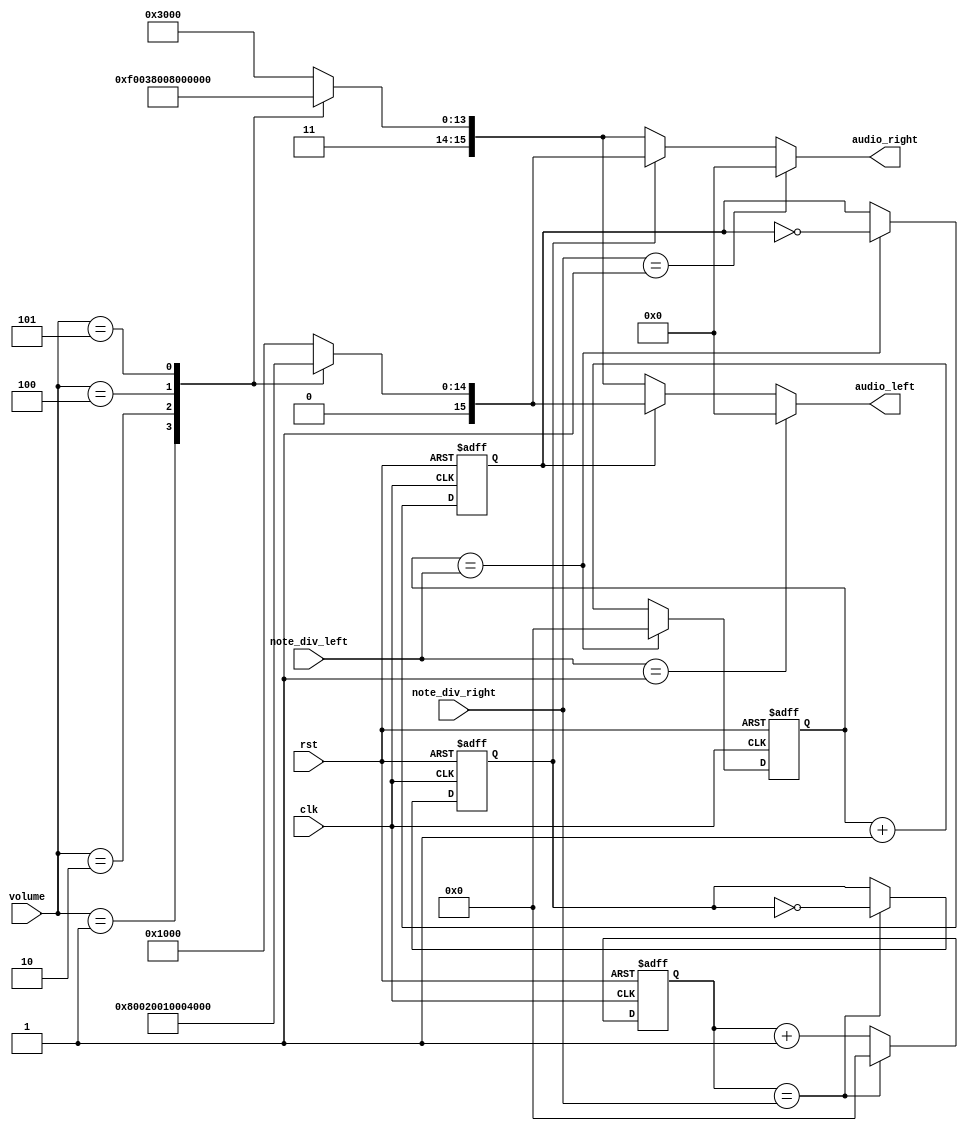
module note_gen(
    clk, // clock from crystal
    rst, // active high reset
    volume, 
    note_div_left, // div for note generation
    note_div_right,
    audio_left,
    audio_right
);

    // I/O declaration
    input clk; // clock from crystal
    input rst; // active low reset
    input [2:0] volume;
    input [21:0] note_div_left, note_div_right; // div for note generation
    output reg [15:0] audio_left, audio_right;

    // Declare internal signals
    reg [21:0] clk_cnt_next, clk_cnt;
    reg [21:0] clk_cnt_next_2, clk_cnt_2;
    reg b_clk, b_clk_next;
    reg c_clk, c_clk_next;

    // Note frequency generation
    // clk_cnt, clk_cnt_2, b_clk, c_clk
    always @(posedge clk or posedge rst)
        if (rst == 1'b1)
            begin
                clk_cnt <= 22'd0;
                clk_cnt_2 <= 22'd0;
                b_clk <= 1'b0;
                c_clk <= 1'b0;
            end
        else
            begin
                clk_cnt <= clk_cnt_next;
                clk_cnt_2 <= clk_cnt_next_2;
                b_clk <= b_clk_next;
                c_clk <= c_clk_next;
            end
    
    // clk_cnt_next, b_clk_next
    always @*
        if (clk_cnt == note_div_left)
            begin
                clk_cnt_next = 22'd0;
                b_clk_next = ~b_clk;
            end
        else
            begin
                clk_cnt_next = clk_cnt + 1'b1;
                b_clk_next = b_clk;
            end

    // clk_cnt_next_2, c_clk_next
    always @*
        if (clk_cnt_2 == note_div_right)
            begin
                clk_cnt_next_2 = 22'd0;
                c_clk_next = ~c_clk;
            end
        else
            begin
                clk_cnt_next_2 = clk_cnt_2 + 1'b1;
                c_clk_next = c_clk;
            end

    // Assign the amplitude of the note
    // Volume is controlled here
    always @(*) begin
        if(note_div_left == 22'd1)begin
            audio_left=16'h0000;
        end
        else if(b_clk == 1'b0)begin
            case(volume)
                1:begin
                    audio_left =(16'hFC00);
                end
                2:begin
                    audio_left =(16'hF800);
                end
                3:begin
                    audio_left =(16'hF000);
                end
                4:begin
                    audio_left =(16'hE000);
                end
                5:begin
                    audio_left =(16'hC000);
                end
                default:begin
                    audio_left =(16'hF000);
                end
            endcase
        end
        else begin
            case(volume)
                1:begin
                    audio_left =(16'h400);
                end
                2:begin
                    audio_left =(16'h800);
                end
                3:begin
                    audio_left =(16'h1000);
                end
                4:begin
                    audio_left =(16'h2000);
                end
                5:begin
                    audio_left =(16'h4000);
                end
                default:begin
                    audio_left =(16'h1000);
                end
            endcase
        end
    end
    always @(*) begin
        if(note_div_right == 22'd1)begin
            audio_right=16'h0000;
        end
        else if(c_clk == 1'b0)begin
            case(volume)
                1:begin
                    audio_right =(16'hFC00);
                end
                2:begin
                    audio_right =(16'hF800);
                end
                3:begin
                    audio_right =(16'hF000);
                end
                4:begin
                    audio_right =(16'hE000);
                end
                5:begin
                    audio_right =(16'hC000);
                end
                default:begin
                    audio_right =(16'hF000);
                end
            endcase
        end
        else begin
            case(volume)
                1:begin
                    audio_right =(16'h400);
                end
                2:begin
                    audio_right =(16'h800);
                end
                3:begin
                    audio_right =(16'h1000);
                end
                4:begin
                    audio_right =(16'h2000);
                end
                5:begin
                    audio_right =(16'h4000);
                end
                default:begin
                    audio_right =(16'h1000);
                end
            endcase
        end
    end

    // assign audio_left = (note_div_left == 22'd1) ? 16'h0000 : 
    //                             (b_clk == 1'b0) ? 16'hE000 : 16'h1000;
    // assign audio_right = (note_div_right == 22'd1) ? 16'h0000 : 
    //                             (c_clk == 1'b0) ? 16'hE000 : 16'h1000;


endmodule